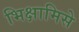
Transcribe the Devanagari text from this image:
भिक्षामिसे